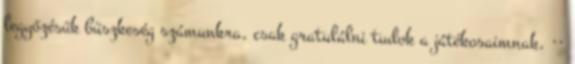
legyőzésük büszkeség számunkra, csak gratulálni tudok a játékosaimnak. ··